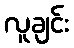
လူချင်း